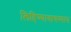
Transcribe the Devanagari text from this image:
लिहिण्यावाचण्यास